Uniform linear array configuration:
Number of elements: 16
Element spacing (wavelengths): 0.75
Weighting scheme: kaiser
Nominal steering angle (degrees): -15
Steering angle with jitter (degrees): -14.132
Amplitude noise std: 0.05
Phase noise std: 0.05

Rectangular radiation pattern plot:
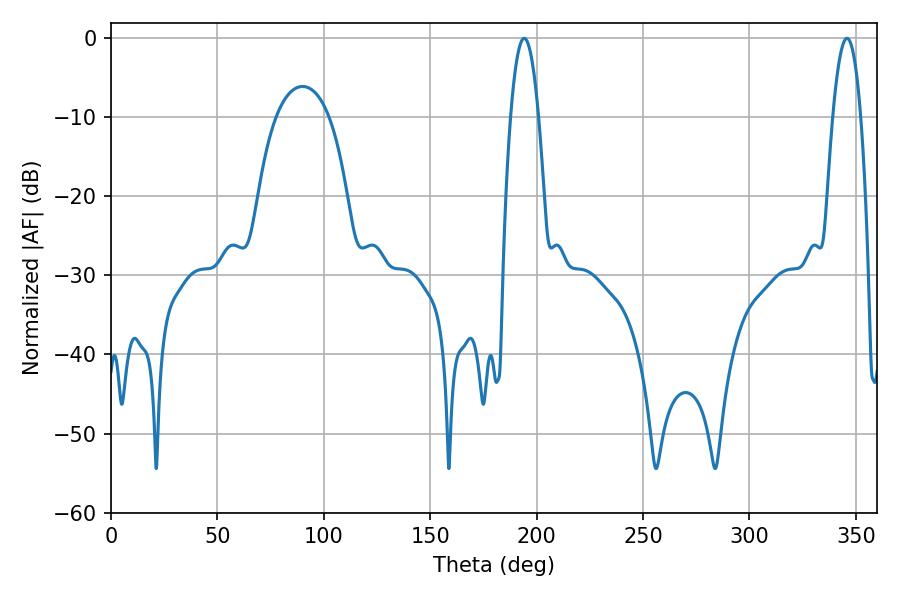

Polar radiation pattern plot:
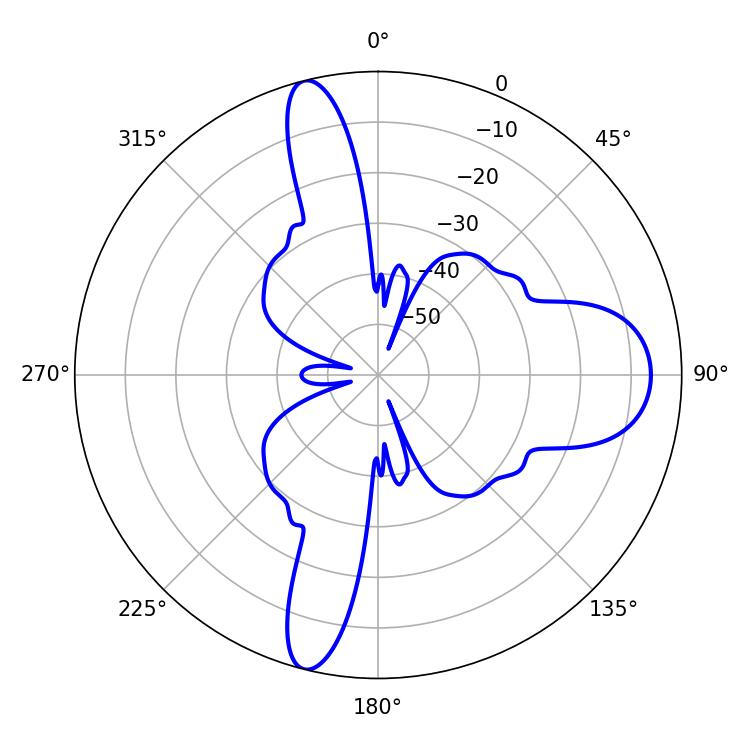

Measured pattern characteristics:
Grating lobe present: TRUE
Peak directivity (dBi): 18.225
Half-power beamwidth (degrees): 7.2
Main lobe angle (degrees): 194.22